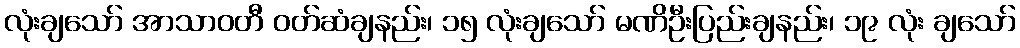
လုံးချသော် အာသာဝတီ ဝတ်ဆံချနည်း၊ ၁၅ လုံးချသော် မဏိဦးပြည်းချနည်း၊ ၁၉ လုံး ချသော်